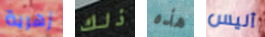
زهرية ذلك هذه أليس